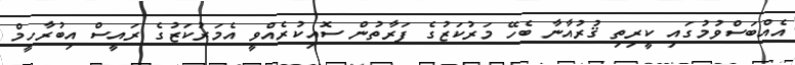
އެއްބަސްވުމުގައި ކީރިތި ޤުރުއާނާ ބެހޭ މަރުކަޒުގެ ފަރާތުން ސޮއިކުރެއްވީ އެމަރުކަޒުގެ ރައީސް އިބުރާހީމް